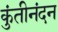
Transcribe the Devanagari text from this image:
कुंतीनंदन